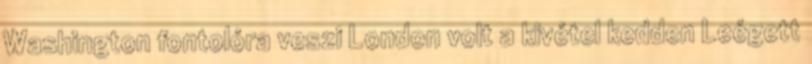
Washington fontolóra veszi London volt a kivétel kedden Leégett